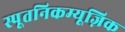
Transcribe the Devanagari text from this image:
स्पूतनिकम्यूज़िक